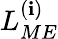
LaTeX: L_{ME}^{(\mathbf{i})}